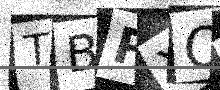
Text: TBPXO0